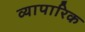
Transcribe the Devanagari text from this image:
व्‍यापारिक